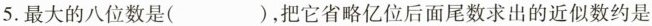
5.最大的八位数是()，把它省略亿位后面尾数求出的近似数约是